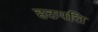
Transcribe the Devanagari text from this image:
हठपति